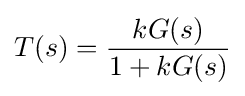
T(s)={\frac {kG(s)}{1+kG(s)}}